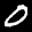
Label: 0